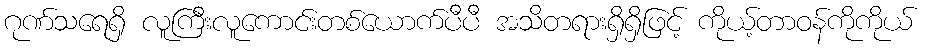
ဂုဏ်သရေရှိ လူကြီးလူကောင်းတစ်ယောက်ပီပီ အသိတရားရှိရှိဖြင့် ကိုယ့်တာဝန်ကိုကိုယ်